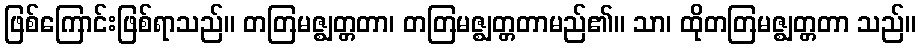
ဖြစ်ကြောင်းဖြစ်ရာသည်။ တတြမဇ္ဈတ္တတာ၊ တတြမဇ္ဈတ္တတာမည်၏။ သာ၊ ထိုတတြမဇ္ဈတ္တတာ သည်။